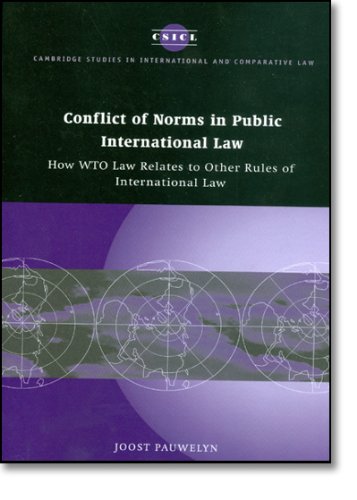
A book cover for Conflict of Norms in Public International Law: How WTO Law Relates to other Rules of International Law (Cambridge Studies in International and Comparative Law); Joost Pauwelyn; Law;